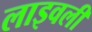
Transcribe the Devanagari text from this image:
लाइवली